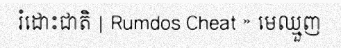
រំដោះជាតិ | Rumdos Cheat » មេឈ្មួញ